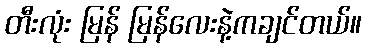
တီးလုံး မြန် မြန်လေးနဲ့ကချင်တယ်။